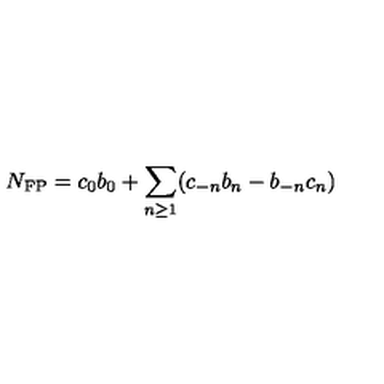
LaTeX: N _ { \mathrm { F P } } = c _ { 0 } b _ { 0 } + \sum _ { n \geq 1 } ( c _ { - n } b _ { n } - b _ { - n } c _ { n } )